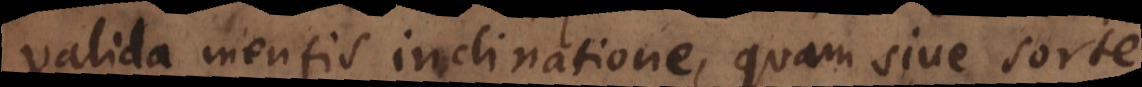
valida mentis inclinatione, quam sive sorte